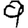
Digit: 9